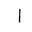
Letter: _alif